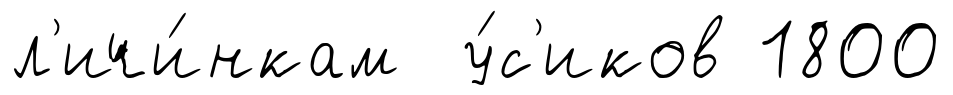
л'ичи́нкам у́с'иков 1800